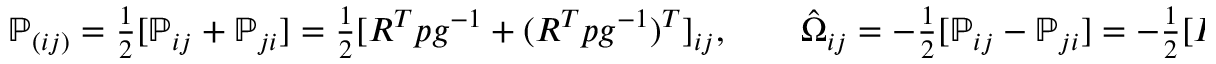
\begin{array} { r } { { \mathbb P } _ { ( i j ) } = \frac 1 2 [ { \mathbb P } _ { i j } + { \mathbb P } _ { j i } ] = \frac 1 2 [ R ^ { T } p g ^ { - 1 } + ( R ^ { T } p g ^ { - 1 } ) ^ { T } ] _ { i j } , \qquad \hat { \Omega } _ { i j } = - \frac 1 2 [ { \mathbb P } _ { i j } - { \mathbb P } _ { j i } ] = - \frac 1 2 [ R ^ { T } p g ^ { - 1 } - ( R ^ { T } p g ^ { - 1 } ) ^ { T } ] _ { i j } , } \end{array}